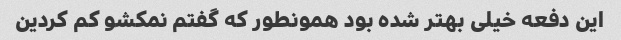
این دفعه خیلی بهتر شده بود همونطور که گفتم نمکشو کم کردین